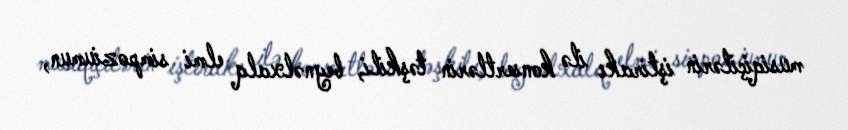
musiqiçilərin iştirakı ilə konsertlərin təşkili, beynəlxalq elmi simpoziumun,